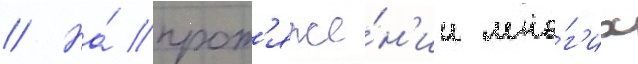
// На́ прот'яже́н'ии мно́г'их